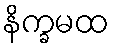
နိက္ခမထ